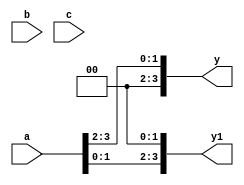
module shift(
input [3:0]a,b,c,
output [3:0]y,y1);

assign c=2'd2;
assign y=a>>c;
assign y1=a<<c;
endmodule